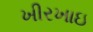
ખીરખાઇ